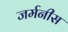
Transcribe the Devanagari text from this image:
जर्मनीस